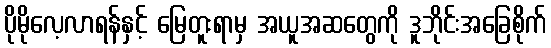
ပိုမိုလေ့လာရန်နှင့် မြေတူးရာမှ အယူအဆတွေကို ဒူဘိုင်းအခြေစိုက်